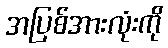
အပြစ်အားလုံးကို